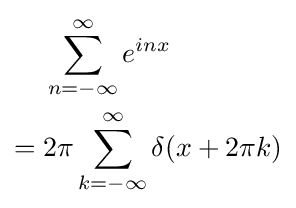
{\begin{aligned}&\sum _{n=-\infty }^{\infty }e^{inx}\\={}&2\pi \sum _{k=-\infty }^{\infty }\delta (x+2\pi k)\end{aligned}}